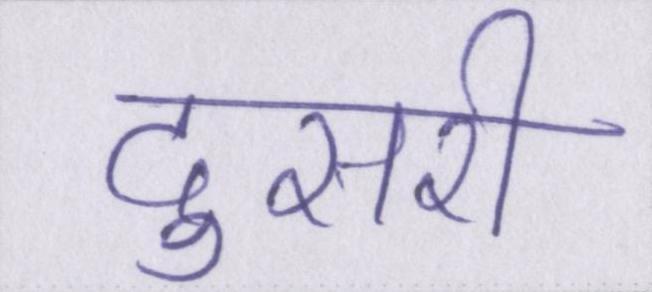
दुसरी